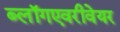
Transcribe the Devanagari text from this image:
ब्लॉगएवरीवेयर